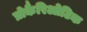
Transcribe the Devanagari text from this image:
प्रोकैरिओटिक